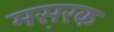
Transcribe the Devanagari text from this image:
मस़रक